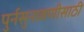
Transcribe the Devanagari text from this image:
पुर्नसुनावणीसाठी